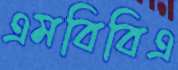
এমবিবিএ